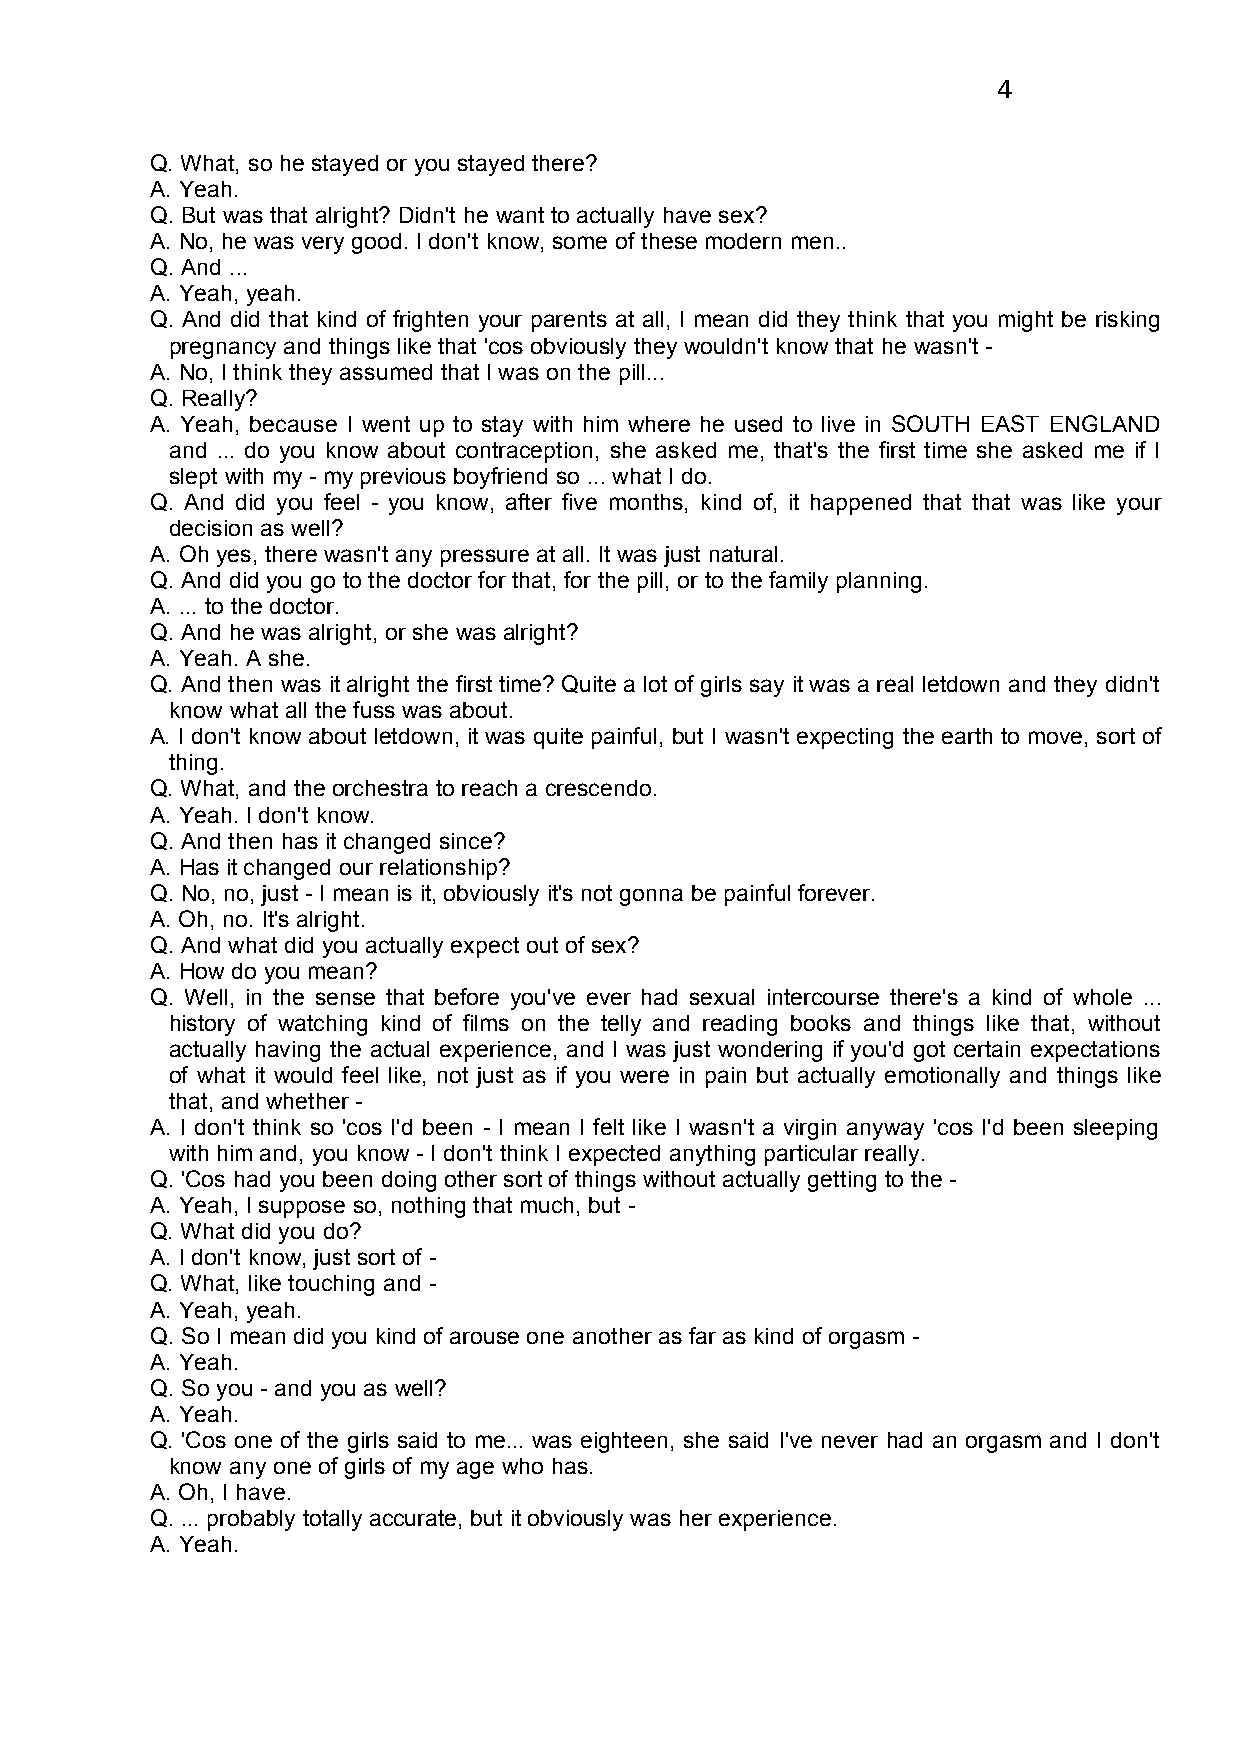
4
 Q. What, so he stayed or you stayed there?
 A. Yeah.
 Q. But was that alright? Didn't he want to actually have sex?
 A. No, he was very good. I don't know, some of these modern men..
 Q. And ...
 A. Yeah, yeah.
 Q. And did that kind of frighten your parents at all, I mean did they think that you might be risking
 pregnancy and things like that 'cos obviously they wouldn't know that he wasn't -
 A. No, I think they assumed that I was on the pill...
 Q. Really?
 A. Yeah, because I went up to stay with him where he used to live in SOUTH EAST ENGLAND
 and ... do you know about contraception, she asked me, that's the first time she asked me if I
 slept with my - my previous boyfriend so ... what I do.
 Q. And did you feel - you know, after five months, kind of, it happened that that was like your
 decision as well?
 A. Oh yes, there wasn't any pressure at all. It was just natural.
 Q. And did you go to the doctor for that, for the pill, or to the family planning.
 A. ... to the doctor.
 Q. And he was alright, or she was alright?
 A. Yeah. A she.
 Q. And then was it alright the first time? Quite a lot of girls say it was a real letdown and they didn't
 know what all the fuss was about.
 A. I don't know about letdown, it was quite painful, but I wasn't expecting the earth to move, sort of
 thing.
 Q. What, and the orchestra to reach a crescendo.
 A. Yeah. I don't know.
 Q. And then has it changed since?
 A. Has it changed our relationship?
 Q. No, no, just - I mean is it, obviously it's not gonna be painful forever.
 A. Oh, no. It's alright.
 Q. And what did you actually expect out of sex?
 A. How do you mean?
 Q. Well, in the sense that before you've ever had sexual intercourse there's a kind of whole ...
 history of watching kind of films on the telly and reading books and things like that, without
 actually having the actual experience, and I was just wondering if you'd got certain expectations
 of what it would feel like, not just as if you were in pain but actually emotionally and things like
 that, and whether -
 A. I don't think so 'cos I'd been - I mean I felt like I wasn't a virgin anyway 'cos I'd been sleeping
 with him and, you know - I don't think I expected anything particular really.
 Q. 'Cos had you been doing other sort of things without actually getting to the -
 A. Yeah, I suppose so, nothing that much, but -
 Q. What did you do?
 A. I don't know, just sort of -
 Q. What, like touching and -
 A. Yeah, yeah.
 Q. So I mean did you kind of arouse one another as far as kind of orgasm -
 A. Yeah.
 Q. So you - and you as well?
 A. Yeah.
 Q. 'Cos one of the girls said to me... was eighteen, she said I've never had an orgasm and I don't
 know any one of girls of my age who has.
 A. Oh, I have.
 Q. ... probably totally accurate, but it obviously was her experience.
 A. Yeah.